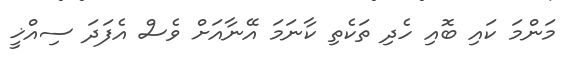
މަންމަ ކައި ބޮއި ހެދި ތަކެތި ކާނަމަ އޭނާއަށް ވެސް އެފަދަ ސިއްޚީ